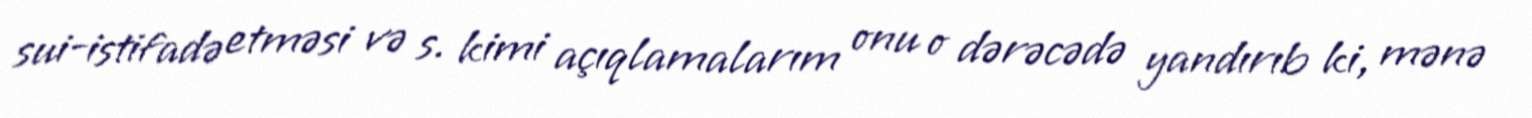
sui-istifadə etməsi və s. kimi açıqlamalarım onu o dərəcədə yandırıb ki, mənə